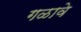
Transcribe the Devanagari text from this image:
गळावे